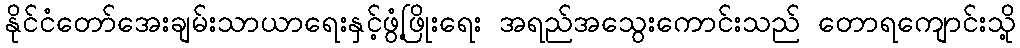
နိုင်ငံတော်အေးချမ်းသာယာရေးနှင့်ဖွံ့ဖြိုးရေး အရည်အသွေးကောင်းသည် တောရကျောင်းသို့